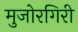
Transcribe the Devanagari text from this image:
मुजोरगिरी